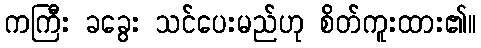
ကကြီး ခခွေး သင်ပေးမည်ဟု စိတ်ကူးထား၏။